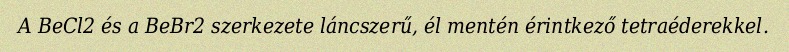
A BeCl2 és a BeBr2 szerkezete láncszerű, él mentén érintkező tetraéderekkel.